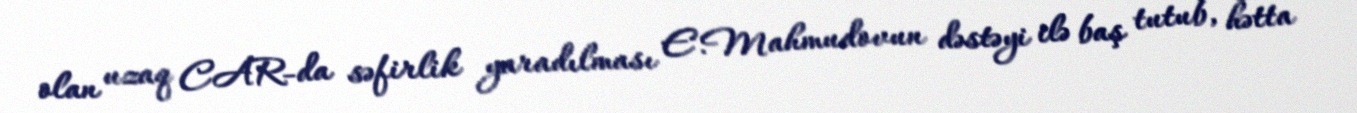
olan uzaq CAR-da səfirlik yaradılması E.Mahmudovun dəstəyi ilə baş tutub, hətta